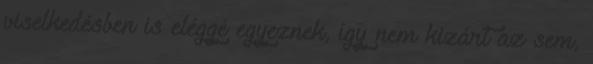
viselkedésben is eléggé egyeznek, így nem kizárt az sem,